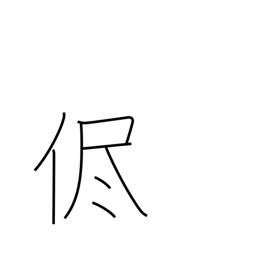
Meaning: as it is